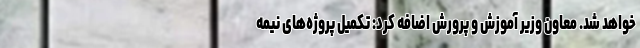
خواهد شد. معاون وزیر آموزش و پرورش اضافه کرد: تکمیل پروژه‌های نیمه